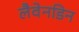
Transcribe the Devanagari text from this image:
लैवेनडिन